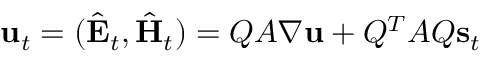
\mathbf { u } _ { t } = ( \hat { \mathbf { E } } _ { t } , \hat { \mathbf { H } } _ { t } ) = Q A \nabla \mathbf { u } + Q ^ { T } A Q \mathbf { s } _ { t }